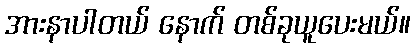
အားနာပါတယ် နောက် တစ်ခုယူပေးမယ်။